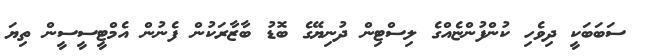
ސަބަބަކީ ދިވެހި ކުންފުންޏެއްގެ ލިސްޓިން ދުނިޔޭގެ ބޮޑު ބާޒާރަކުން ފެނުން އެމްޓީސީސީން ތިޔަ